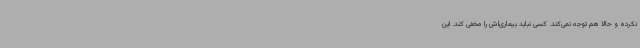
نکرده و حالا هم توجه نمی‌کند. کسی نباید بیماری‌اش را مخفی کند. این